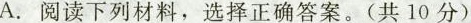
A.阅读下列材料,选择正确答案.(共10分)